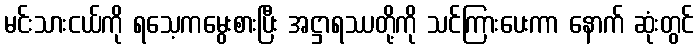
မင်းသားငယ်ကို ရသေ့ကမွေးစားပြီး အဋ္ဌာရဿတို့ကို သင်ကြားပေးကာ နောက် ဆုံးတွင်